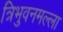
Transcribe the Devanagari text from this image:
त्रिभुवनमल्‍ला